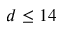
d \leq 1 4